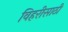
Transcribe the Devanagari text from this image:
विहरीसाठी